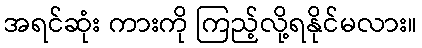
အရင်ဆုံး ကားကို ကြည့်လို့ရနိုင်မလား။